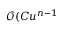
\mathcal { O } ( C u ^ { n - 1 }